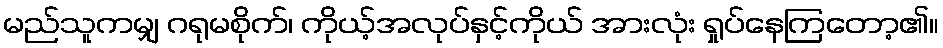
မည်သူကမျှ ဂရုမစိုက်၊ ကိုယ့်အလုပ်နှင့်ကိုယ် အားလုံး ရှုပ်နေကြတော့၏။